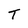
Character: T